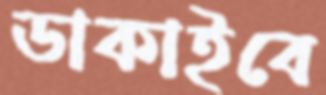
ডাকাইবে